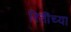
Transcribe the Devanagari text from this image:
रितींच्या